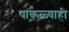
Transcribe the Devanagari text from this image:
पाकळ्याही